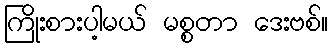
ကြိုးစားပါ့မယ် မစ္စတာ ဒေးဗစ်။